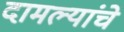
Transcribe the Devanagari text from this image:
दामल्यांचे